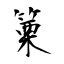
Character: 篥